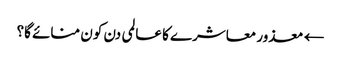
← معذور معاشرے کا عالمی دن کون منائے گا؟